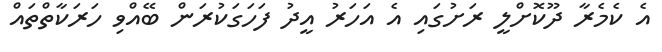
އެ ކެމެރާ ދޫކޮށްލީ ރަށުގައި އެ އަހަރު އީދު ފަހަގަކުރަން ބޭއްވި ހަރަކާތްތައް